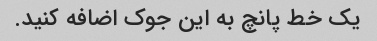
یک خط پانچ به این جوک اضافه کنید.